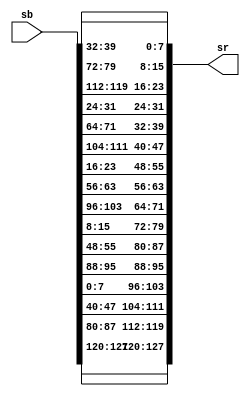
`timescale 1ns / 1ps
//////////////////////////////////////////////////////////////////////////////////
// Company: 
// Engineer: 
// 
// Design Name: 
// Module Name: shiftRaw
// Project Name: 
// Target Devices: 
// Tool Versions: 
// Description: 
// 
// Dependencies: 
// 
// Revision:
// Revision 0.01 - File Created
// Additional Comments:
// 
//////////////////////////////////////////////////////////////////////////////////


module shiftRaw(
input [127:0] sb,
output [127:0] sr
);
assign         sr[127:120] = sb[127:120];  
assign         sr[119:112] = sb[87:80];
assign         sr[111:104] = sb[47:40];
assign         sr[103:96] = sb[7:0];
   
assign          sr[95:88] = sb[95:88];
assign          sr[87:80] = sb[55:48];
assign          sr[79:72] = sb[15:8];
assign          sr[71:64] = sb[103:96];
   
assign          sr[63:56] = sb[63:56];
assign          sr[55:48] = sb[23:16];
assign          sr[47:40] = sb[111:104];
assign          sr[39:32] = sb[71:64];
   
assign          sr[31:24] = sb[31:24];
assign          sr[23:16] = sb[119:112];
assign          sr[15:8] = sb[79:72];
assign          sr[7:0] = sb[39:32]; 
endmodule